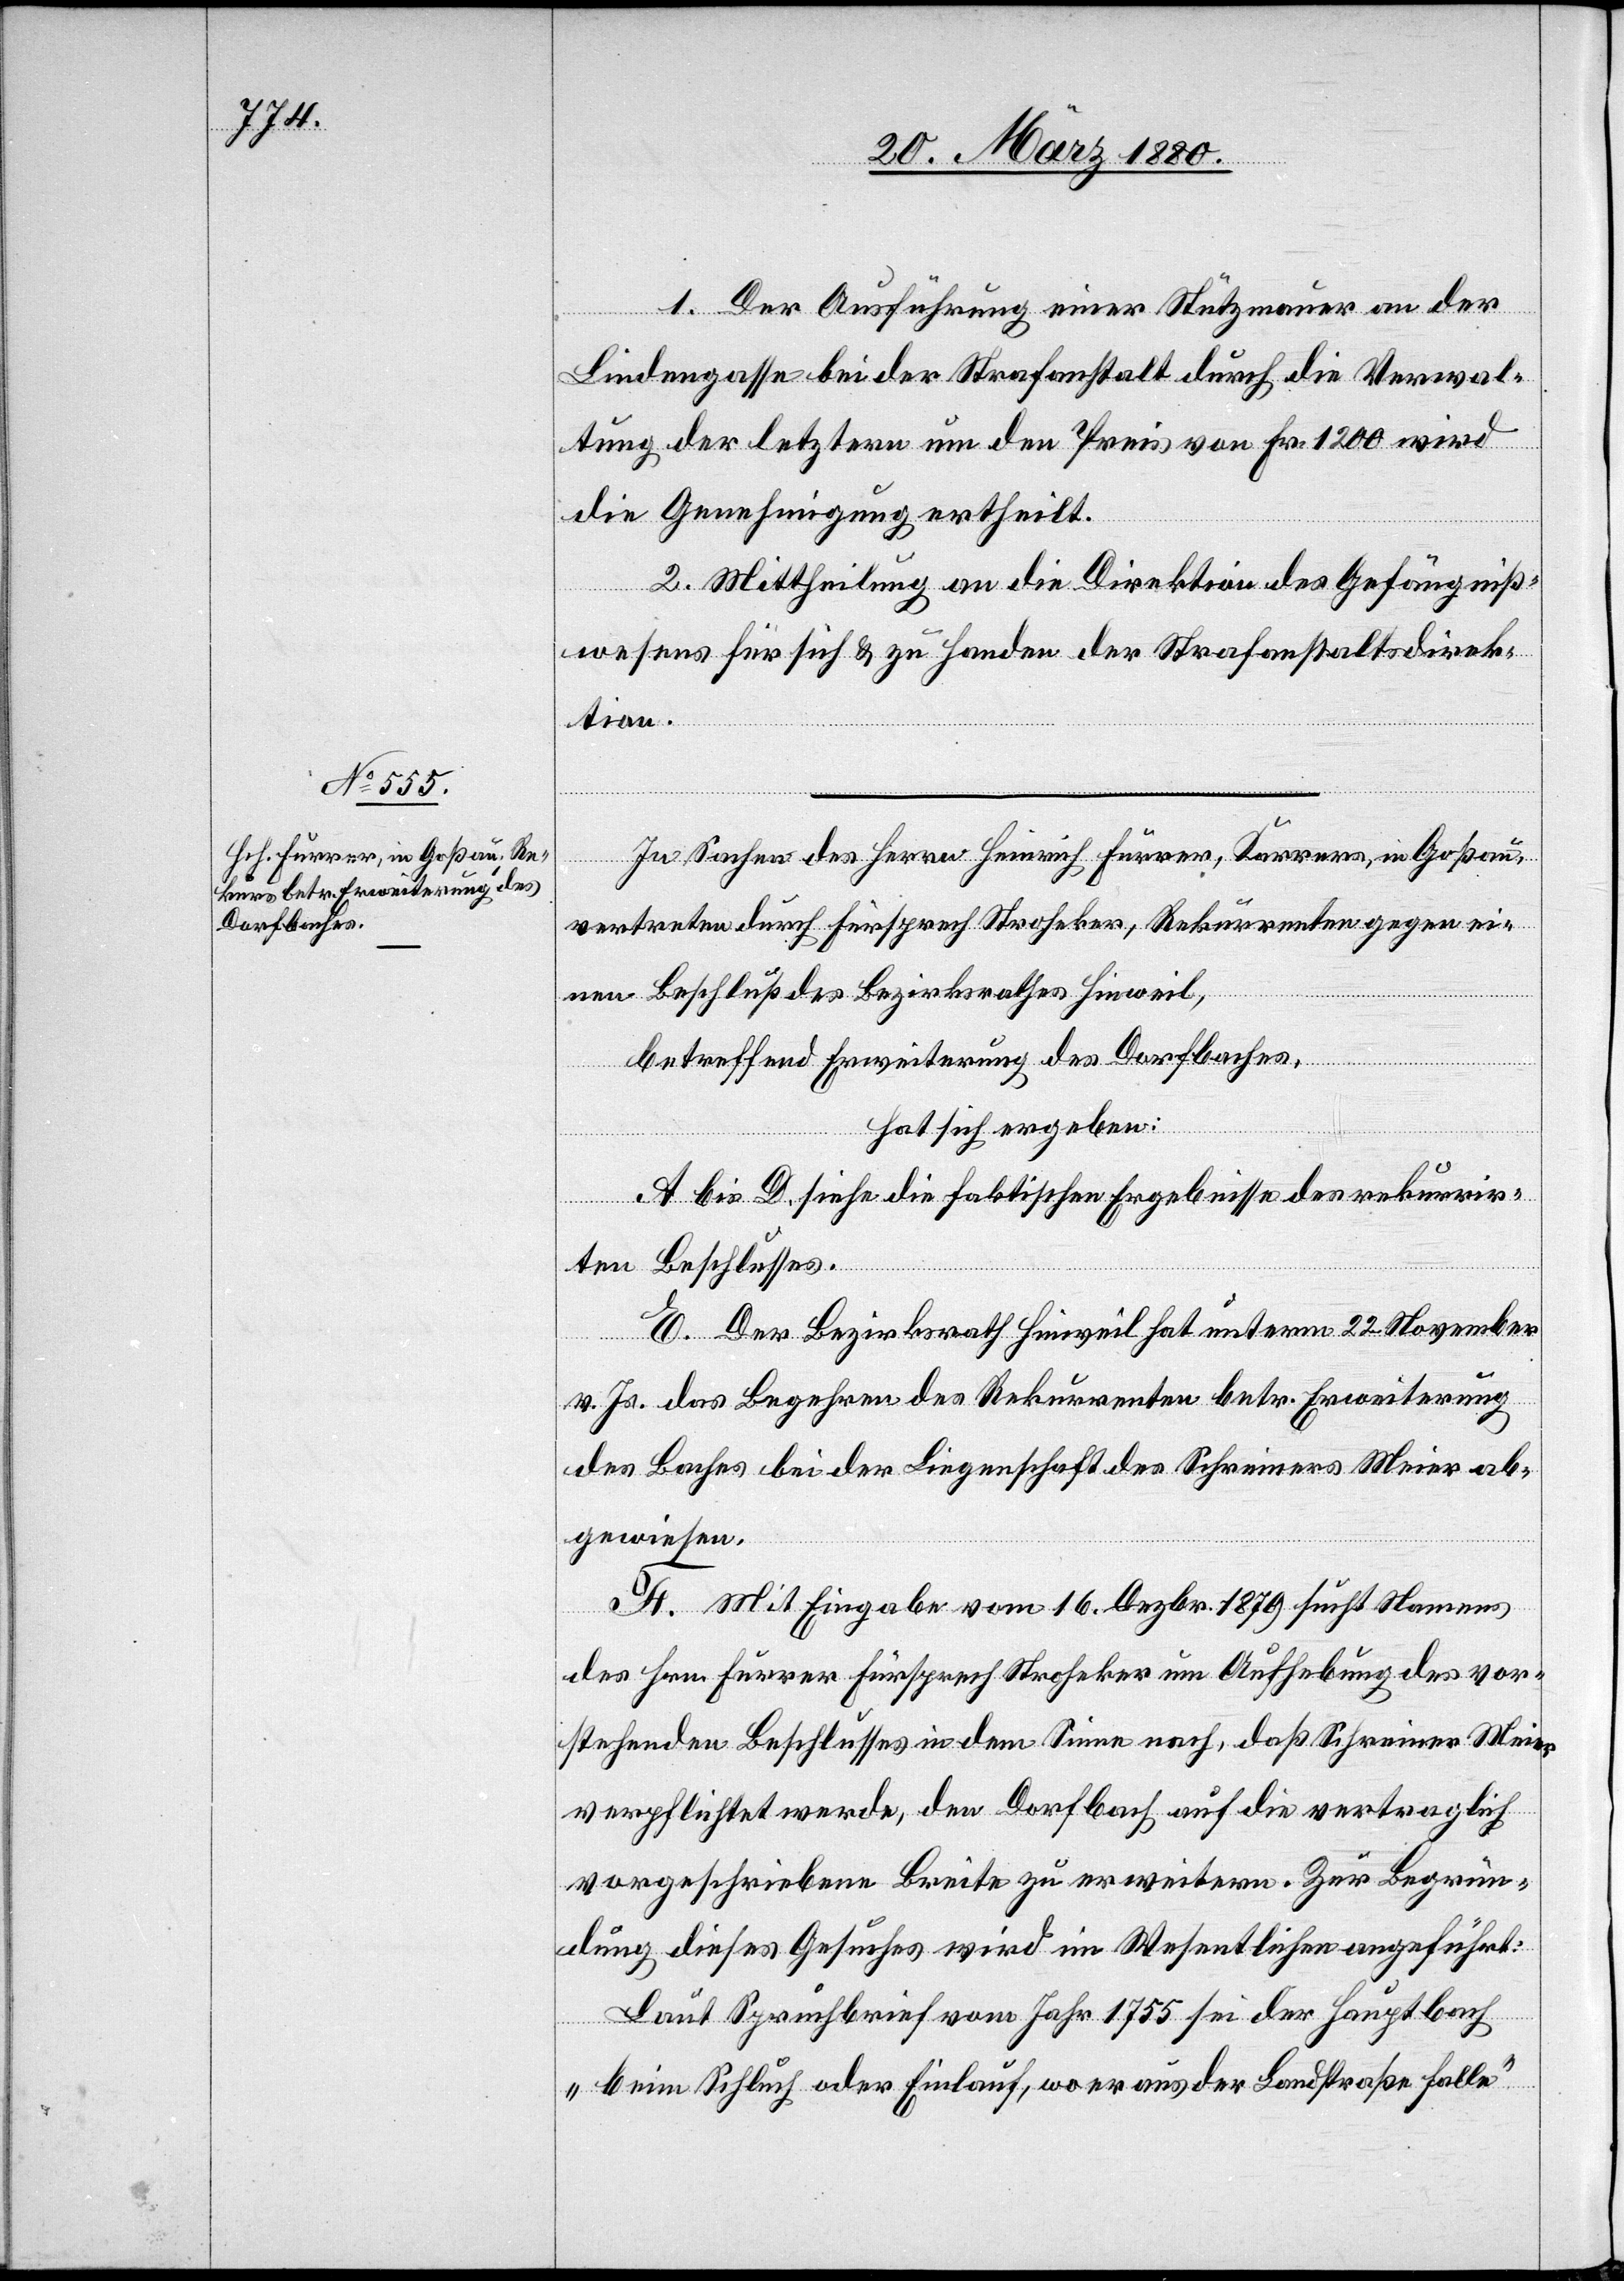
1. Der Ausführung einer Stützmauer an der
Lindengasse bei der Strafanstalt durch die Verwal¬
tung der letztern um den Preis von Fr. 1200 wird
die Genehmigung ertheilt.
2. Mittheilung an die Direktion des Gefängniß¬
wesens für sich & zu Handen der Strafanstaltdirek¬
tion.
vertreten durch Fürsprech Stroheker, Rekurrenten gegen ei¬
nen Beschluß des Bezirksrathes Hinweil,
betreffend Erweiterung des Dorfbaches,
hat sich ergeben:
A bis D siehe die faktischen Ergebnisse des rekurrir¬
in
ten Beschlusses.
E. Der Bezirksrath Hinweil hat unterm 22. November
v. Js. das Begehren des Rekurrenten betr. Erweiterung
des Baches bei der Liegenschaft des Schreiners Meier ab¬
gewiesen.
F. Mit Eingabe vom 16. Dezbr. 1879 sucht Namens
des Hrn. Furrer Fürsprech Stroheker um Aufhebung des vor¬
stehenden Beschlusses in dem Sinne nach, daß Schreiner Meier
verpflichtet werde, den Dorfbach auf die vertraglich
vorgeschriebene Breite zu erweitern. Zur Begrün¬
dung dieses Gesuches wird im Wesentlichen angeführt:
Laut Spruchbrief vom Jahr 1755 sei der Hauptbach
„beim Schluch oder Einlauf, wo er aus der Landstraße falle“